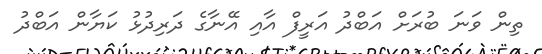
ތިން ވަނަ ބުރަށް އަބްދު އަރީފް އާއި އޭނާގެ ދަރިދުޅު ކަޔާން އަބްދު